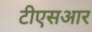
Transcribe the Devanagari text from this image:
टीएसआर